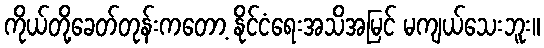
ကိုယ်တို့ခေတ်တုန်းကတော့ နိုင်ငံရေးအသိအမြင် မကျယ်သေးဘူး။